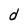
Character: d